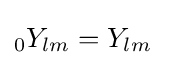
{}_{0}Y_{lm}=Y_{lm}\